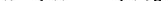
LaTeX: \smash{a<k^{-1}<\lambda_{E}^{}}